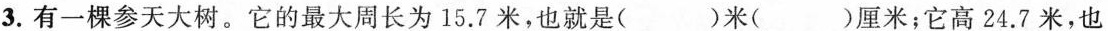
3.有一棵参天大树。它的最大周长为15.7米，也就是()米()厘米；它高24.7米，也